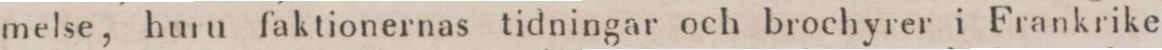
melse, huru faktionernas tidningar och brochyrer i Frankrike